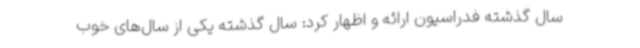
سال گذشته فدراسیون ارائه و اظهار کرد: سال گذشته یکی از سال‌های خوب